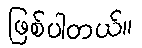
ဖြစ်ပါတယ်။